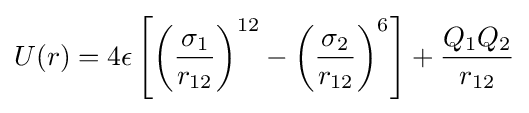
U(r)=4\epsilon \left[\left({\frac {\sigma _{1}}{r_{12}}}\right)^{12}-\left({\frac {\sigma _{2}}{r_{12}}}\right)^{6}\right]+{\frac {Q_{1}Q_{2}}{r_{12}}}